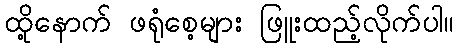
ထို့နောက် ဖရုံစေ့များ ဖြူးထည့်လိုက်ပါ။